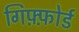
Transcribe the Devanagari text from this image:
गिफ़्फ़ोर्ड